65_HS1-834228961_62-HQ-83894_Section_10
Agency: FBI
Page 60
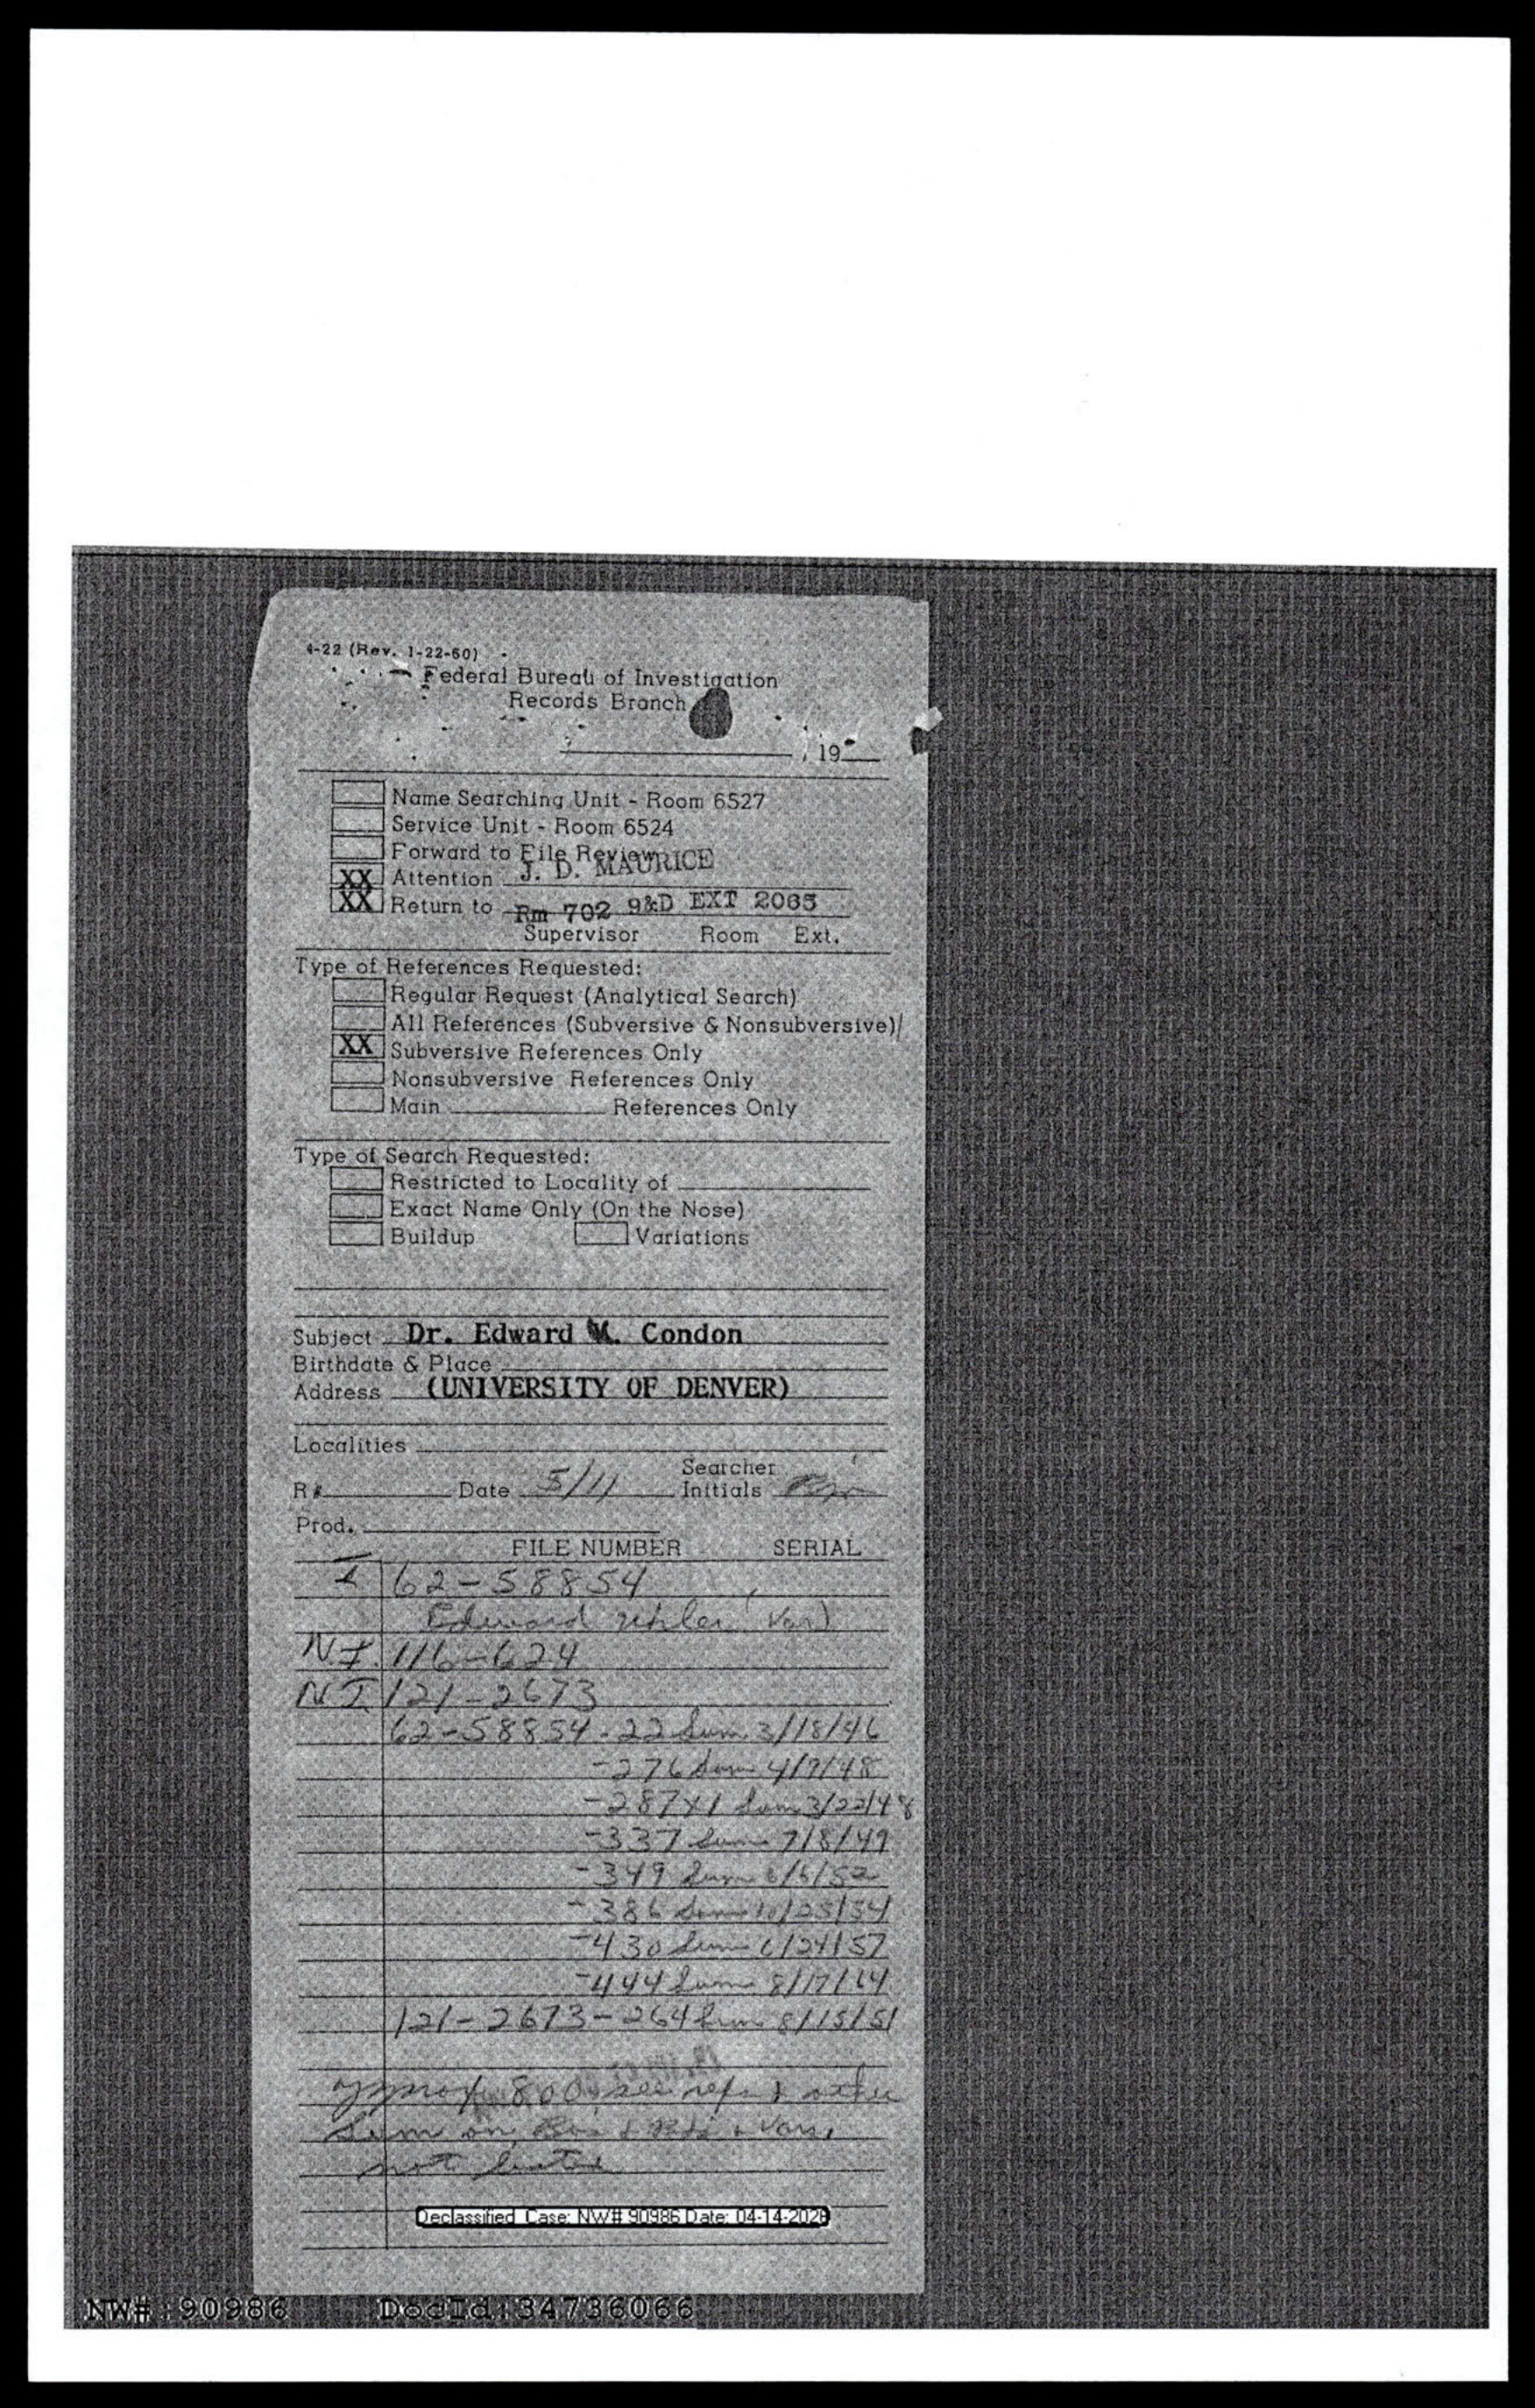